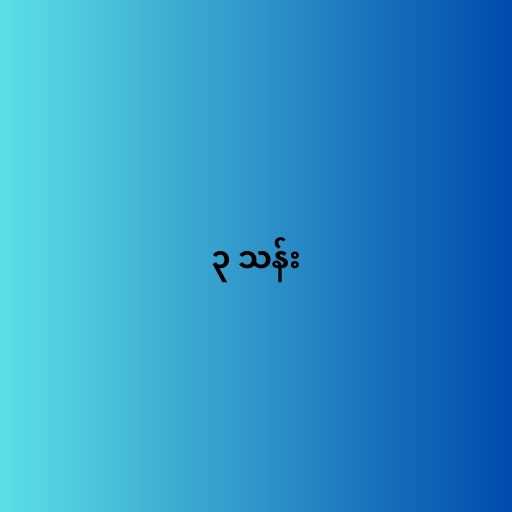
၃ သန်း